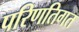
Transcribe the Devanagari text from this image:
परिणतिगत